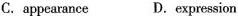
C. appearance D.expression